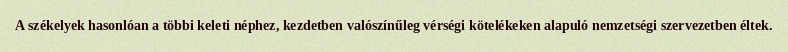
A székelyek hasonlóan a többi keleti néphez, kezdetben valószínűleg vérségi kötelékeken alapuló nemzetségi szervezetben éltek.